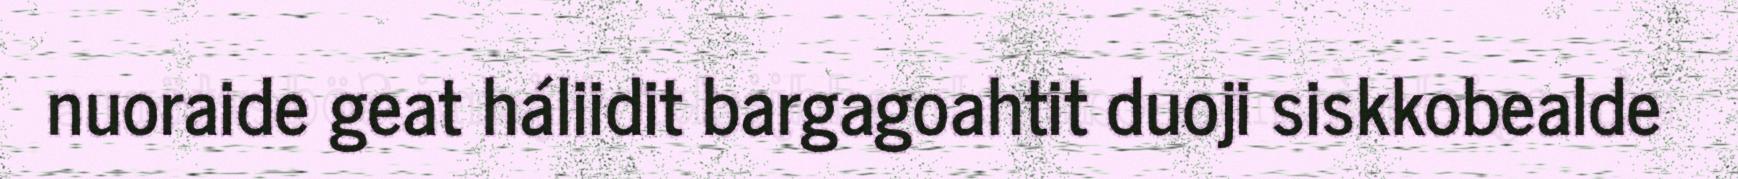
nuoraide geat háliidit bargagoahtit duoji siskkobealde